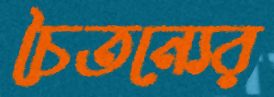
চৈতন্যের